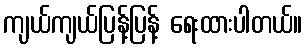
ကျယ်ကျယ်ပြန့်ပြန့် ရေးထားပါတယ်။